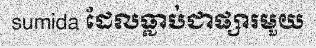
sumida ដែលធ្លាប់ជាផ្សារមួយ